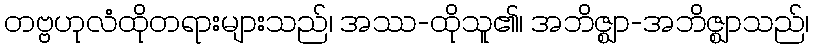
တဗ္ဗဟုလံထိုတရားများသည်၊ အဿ-ထိုသူ၏၊ အဘိဇ္ဈာ-အဘိဇ္ဈာသည်၊